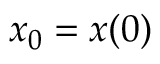
x _ { 0 } = x ( 0 )